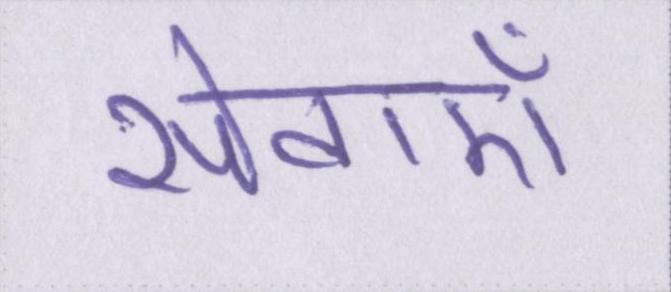
सेवाऍं